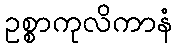
ဥစ္စာကုလိကာနံ